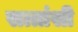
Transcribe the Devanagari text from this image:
सत्तांसी